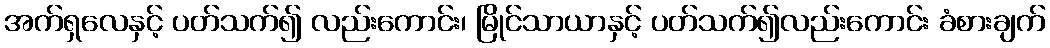
အက်ရှလေနှင့် ပတ်သက်၍ လည်းကောင်း၊ မြိုင်သာယာနှင့် ပတ်သက်၍လည်းကောင်း ခံစားချက်